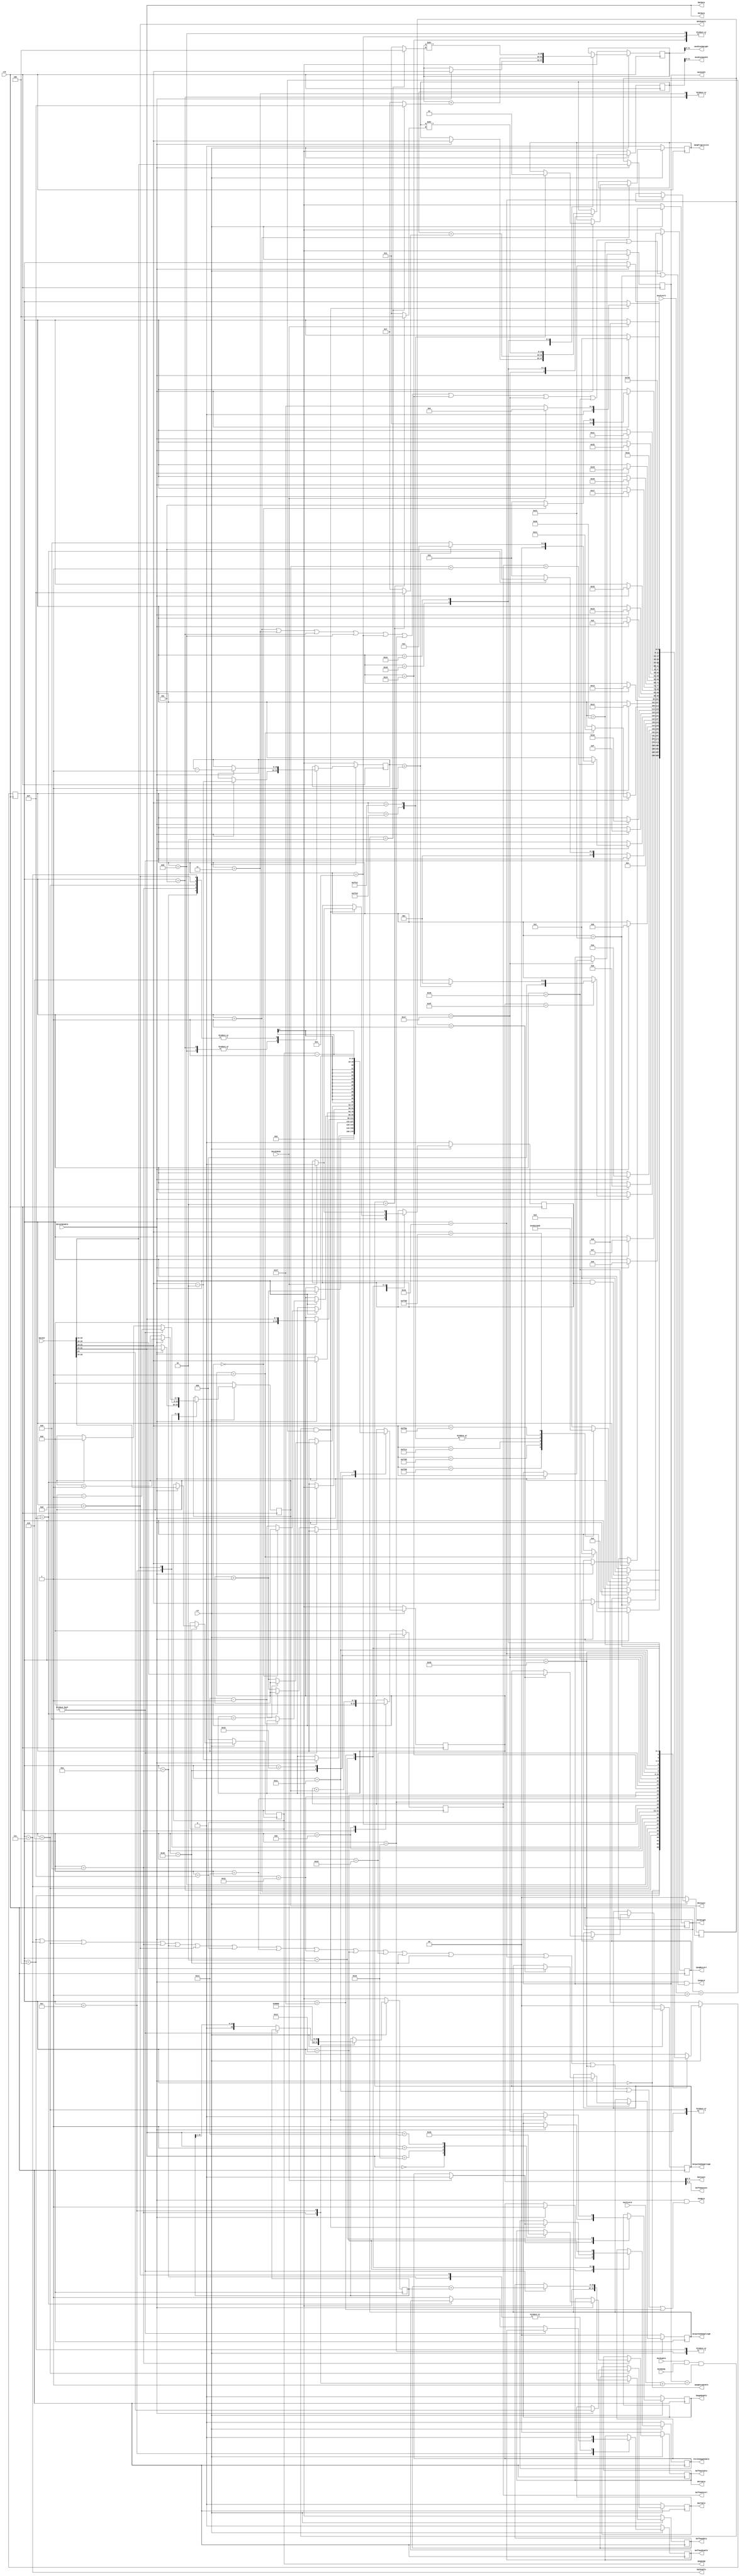
module aq_djpeg_fsm(
	input			rst,
	input			clk,

	// From FIFO
	input			DataInEnable,
	input [31:0]	DataIn,
	input           DataInEnd,

	output			JpegDecodeIdle,	// Deocder Process Idle(1:Idle, 0:Run)

	//
	output [15:0]	OutWidth,
	output [15:0]	OutHeight,
	output [11:0]	OutBlockWidth,
	output [11:0]	OutBlockHeight,
	input			OutEnable,
	input			OutReady,
	input [15:0]	OutPixelX,
	input [15:0]	OutPixelY,
    
	//
	output			DqtEnable,
	output			DqtTable,
	output [5:0]	DqtCount,
	output [7:0]	DqtData,

	//
	output			DhtEnable,
	output [1:0]	DhtTable,
	output [7:0]	DhtCount,
	output [7:0]	DhtData,

	//
	output			HuffmanEnable,
	output [1:0]	HuffmanTable,
	output [3:0]	HuffmanCount,
	output [15:0]	HuffmanData,
	output [7:0]	HuffmanStart,

	//
	output			ImageEnable,
	output          FetchImageEnable,
	output reg [2:0]	JpegComp,
	output          JpegProgressive,
	output reg [15:0]  JpegRestart,
	output [1:0]    OutputSubSamplingW,
	output [1:0]    OutputSubSamplingH,

	//
	output			UseByte,
	output			UseWord
);

	//--------------------------------------------------------------------------
	// Read Maker from Jpeg Data
	//--------------------------------------------------------------------------
	// State Machine localparam
	localparam S_Idle				= 6'd0;
	localparam S_GetMarker			= 6'd1;
	localparam S_ImageData			= 6'd2;
	// APP Segment
	localparam S_APPLength			= 6'd3;
	localparam S_APPRead			= 6'd4;
	// DQT Segment
	localparam S_DQTLength			= 6'd5;
	localparam S_DQTTable			= 6'd6;
	localparam S_DQTRead			= 6'd7;
	// DHT Segmen
	localparam S_DHTLength			= 6'd8;
	localparam S_DHTTable			= 6'd9;
	localparam S_DHTMakeHm0			= 6'd10;
	localparam S_DHTMakeHm1			= 6'd11;
	localparam S_DHTMakeHm2			= 6'd12;
	localparam S_DHTReadTable		= 6'd13;
	// SOS Segment
	localparam S_SOSLength			= 6'd14;
	localparam S_SOSRead0			= 6'd15;
	localparam S_SOSRead1			= 6'd16;
	localparam S_SOSRead2			= 6'd17;
	localparam S_SOSRead3			= 6'd18;
	localparam S_SOSRead4			= 6'd19;
	// SOF Segment
	localparam S_SOFLength			= 6'd20;
	localparam S_SOFRead0			= 6'd21;
	localparam S_SOFReadY			= 6'd22;
	localparam S_SOFReadX			= 6'd23;
	localparam S_SOFReadComp		= 6'd24;
	localparam S_SOFReadCompColor	= 6'd25;
	localparam S_SOFReadCompColor0	= 6'd26;
	localparam S_SOFReadCompColor1	= 6'd27;
	localparam S_SOFReadCompColor2	= 6'd28;
	localparam S_SOFMakeBlock0		= 6'd29;
	localparam S_SOFMakeBlock1		= 6'd30;
	// EOI Segment
	localparam S_WaitEOI            = 6'd31;
	// DRI Segment
	localparam S_DRILength          = 6'd32;
    localparam S_DRIRead            = 6'd33;
    
	reg [5:0]		State;
	//wire			ImageEnable;
	reg [15:0]		ReadCount;
	reg [15:0]		TableReadCount;

	reg [15:0]		JpegWidth;
	reg [15:0]		JpegHeight;

	reg				ReadDqtTable;
	reg [1:0]		ReadDhtTable;

	reg [15:0]		HmShift;
	reg [15:0]		HmData;
	reg [7:0]		HmMax;
	reg [7:0]		HmCount;
	reg				HmEnable;

	reg [15:0]		JpegBlockWidth;
	reg [15:0]		JpegBlockHeight;
	
	reg [1:0]       ComponentNum;
	reg [1:0]       SubSamplingW;
	reg [1:0]       SubSamplingH;

    reg             JpegProgressive;

	reg				ImageEnable;
	reg				FetchImageEnable;
	
	reg            LastDataEnable;

	always @(posedge clk ) begin
		if(!rst) begin
			State				<= S_Idle;
			ReadCount			<= 16'd0;
			TableReadCount		<= 16'd0;
			JpegWidth			<= 16'd0;
			JpegHeight			<= 16'd0;
			ReadDqtTable		<= 1'b0;
			ReadDhtTable		<= 2'd0;
			HmShift			    <= 16'd0;
			HmData				<= 16'd0;
			HmMax				<= 8'd0;
			HmCount			    <= 8'd0;
			HmEnable			<= 1'b0;
			JpegBlockWidth	    <= 16'd0;
			JpegBlockHeight	    <= 16'd0;
			JpegComp			<= 3'd0;
			JpegProgressive     <= 1'b0;
			ComponentNum        <= 2'd0;
			SubSamplingW        <= 2'd0;
			SubSamplingH        <= 2'd0;
			ImageEnable		    <= 1'b0;
			FetchImageEnable	<= 1'b0;
			JpegRestart         <= 16'd0;
			LastDataEnable      <= 1'b0;
		end else begin
			case(State)
				S_Idle: begin
				    LastDataEnable <= DataInEnable;
					if(DataInEnable && LastDataEnable) begin
						State	<= S_GetMarker;
					end
				end

				// Get Marker(with Header)
				S_GetMarker: begin
					if(DataInEnable == 1'b1) begin
						case(DataIn[31:16])
							16'hFFD8: begin		// SOI Segment
								State <= S_GetMarker;
							end
							16'hFFE0: begin		// APP0 Segment
								State <= S_APPLength;
							end
							16'hFFDB: begin		// DQT Segment
								State <= S_DQTLength;
							end
							16'hFFC4: begin		// DHT Segment
								State <= S_DHTLength;
							end
							16'hFFC0: begin		// SOF0 Segment
								State <= S_SOFLength;
								JpegProgressive <= 1'b0;
							end
							16'hFFC2: begin		// SOF2 Segment
								State <= S_SOFLength;
								JpegProgressive <= 1'b1;
							end
							16'hFFDA: begin		// SOS Segment
								State <= S_SOSLength;
							end
							16'hFFDD: begin		// DRI Segment
								State <= S_DRILength;
							end
							//16'hFFDx: begin		// RSTn Segment
							//		State <= S_RST;
							//end
							//16'hFFD9: begin		// EOI Segment
							//		State <= S_EOI;
							//end
							default: begin
								State <= S_APPLength;
							end
						endcase
					end
				end

				// APP Segment
				S_APPLength: begin
					if(DataInEnable == 1'b1) begin
						ReadCount	<= DataIn[31:16] -16'd2;
						State		<= S_APPRead;
					end
				end
				S_APPRead: begin
					if(DataInEnable == 1'b1) begin
						if(ReadCount == 16'd1) begin
							State		<= S_GetMarker;
						end else begin
							ReadCount	<= ReadCount -16'd1;
						end
					end
				end

				// DQT Segment
				S_DQTLength: begin
					if(DataInEnable == 1'b1) begin
						State		<= S_DQTTable;
						ReadCount	<= DataIn[31:16] -16'd2;
						TableReadCount <= DataIn[31:16] - 16'd2;
					end
				end
				S_DQTTable: begin
					if(DataInEnable == 1'b1) begin
						State			<= S_DQTRead;
						ReadDqtTable	<= DataIn[24];
						ReadCount		<= 16'd0;
						TableReadCount  <= TableReadCount - 1'd1;
					end
				end
				S_DQTRead: begin
					if(DataInEnable == 1'b1) begin
						if(ReadCount ==63) begin
							if(TableReadCount == 1) begin
								State		<= S_GetMarker;
							end else begin
								State		<= S_DQTTable;
							end
						end
						ReadCount		<= ReadCount +16'd1;
						TableReadCount  <= TableReadCount - 1'd1;
					end
				end

				// DHT Segment
				S_DHTLength: begin
					if(DataInEnable == 1'b1) begin
						State			<= S_DHTTable;
						ReadCount		<= DataIn[31:16];
						TableReadCount  <= DataIn[31:16] - 16'd2;
					end
				end
				S_DHTTable: begin
					if(DataInEnable == 1'b1) begin
						State <= S_DHTMakeHm0;
						case(DataIn[31:24])
							8'h00: ReadDhtTable <= 2'b00;
							8'h10: ReadDhtTable <= 2'b01;
							8'h01: ReadDhtTable <= 2'b10;
							8'h11: ReadDhtTable <= 2'b11;
						endcase
						TableReadCount <= TableReadCount - 1'd1;
					end
					HmShift		    <= 16'h8000;
					HmData			<= 16'h0000;
					HmMax			<= 8'h00;
					ReadCount		<= 16'd0;
				end
				S_DHTMakeHm0: begin
					if(DataInEnable == 1'b1) begin
						State		<= S_DHTMakeHm1;
						HmCount	<= DataIn[31:24];
					    TableReadCount <= TableReadCount - 1'd1;
					end
					HmEnable		<= 1'b0;
				end
				S_DHTMakeHm1: begin
					State	<= S_DHTMakeHm2;
					HmMax	<= HmMax + HmCount;
				end
				S_DHTMakeHm2: begin
					if(HmCount != 0) begin
						HmData	<= HmData + HmShift;
						HmCount <= HmCount -8'd1;
					end else begin
						if(ReadCount == 15) begin
							State		<= S_DHTReadTable;
							HmCount	<= 8'h00;
						end else begin
							HmEnable	<= 1'b1;
							State		<= S_DHTMakeHm0;
							ReadCount	<= ReadCount +16'd1;
						end
						HmShift <= HmShift >> 1;
					end
				end
				S_DHTReadTable: begin
					HmEnable	<= 1'b0;
					if(DataInEnable == 1'b1) begin
						if(HmMax == HmCount +1) begin
							if(TableReadCount == 1) begin
								State	<= S_GetMarker;
							end else begin
								State	<= S_DHTTable;
							end
						end
						HmCount	<= HmCount +8'd1;
						TableReadCount <= TableReadCount - 1'd1;
					end
				end

				// SOS Segment
				S_SOSLength: begin
					if(DataInEnable == 1'b1) begin
						State		<= S_SOSRead0;
						ReadCount	<= DataIn[31:16];
					end
				end
				S_SOSRead0: begin
					if(DataInEnable == 1'b1) begin
						State		<= S_SOSRead1;
						ReadCount	<= {8'h00,DataIn[31:24]};
					end
				end
				S_SOSRead1: begin
					if(DataInEnable == 1'b1) begin
						if(ReadCount == 1) begin
							State		<= S_SOSRead2;
						end else begin
							ReadCount	<= ReadCount -16'd1;
						end
					end
				end
				S_SOSRead2: begin
					if(DataInEnable == 1'b1) begin
						State	<= S_SOSRead3;
					end
				end
				S_SOSRead3: begin
					if(DataInEnable == 1'b1) begin
						State	<= S_SOSRead4;
					end
				end
				S_SOSRead4: begin
					if(DataInEnable == 1'b1) begin
						State			<= S_ImageData;
						ImageEnable	<= 1'b1;
						FetchImageEnable <= 1'b1;
					end
				end

				// SOF0 Segment
				S_SOFLength: begin
					if(DataInEnable == 1'b1) begin
						State		<= S_SOFRead0;
						ReadCount	<= DataIn[31:16];
					end
				end
				S_SOFRead0: begin
					if(DataInEnable == 1'b1) begin
						State	<= S_SOFReadY;
					end
				end
				S_SOFReadY: begin
					if(DataInEnable == 1'b1) begin
						State				<= S_SOFReadX;
						JpegHeight			<= DataIn[31:16];
						JpegBlockHeight	<= DataIn[31:16];
					end
				end
				S_SOFReadX: begin
					if(DataInEnable == 1'b1) begin
						State				<= S_SOFReadComp;
						JpegWidth			<= DataIn[31:16];
						JpegBlockWidth	<= DataIn[31:16];
						ReadCount			<= 16'd0;
					end
				end
				S_SOFReadComp: begin
					// コンポーネント数
					// 1:グレースケール
					// 3:YCbCr or YIQ
					// 4:CMYK
					if(DataInEnable == 1'b1) begin
						State			<= S_SOFReadCompColor;
						JpegComp		<= DataIn[26:24];
						if(ReadCount == 9) begin
						end else begin
							ReadCount	<= ReadCount +16'd1;
						end
					end
				end
				S_SOFReadCompColor: begin
					State			<= S_SOFReadCompColor0;
					ReadCount		<= {13'd0, JpegComp[2:0]} - 16'd1;
				end
				S_SOFReadCompColor0: begin
					if(DataInEnable == 1'b1) begin
						State			<= S_SOFReadCompColor1;
						// Tracking component ID
						ComponentNum    <= DataIn[25:24];
					end
				end
				S_SOFReadCompColor1: begin
					if(DataInEnable == 1'b1) begin
						State			<= S_SOFReadCompColor2;
						if (ComponentNum == 2'd1) begin
						  SubSamplingW  <= DataIn[29:28];
						  SubSamplingH  <= DataIn[25:24];
						end
					end
				end
				S_SOFReadCompColor2: begin
					if(DataInEnable == 1'b1) begin
						if(ReadCount == 0) begin
							State			<= S_SOFMakeBlock0;
						end else begin
							ReadCount		<= ReadCount -16'd1;
							State			<= S_SOFReadCompColor0;
						end
					end
				end
				S_SOFMakeBlock0:begin
					State				<= S_SOFMakeBlock1;
					JpegBlockWidth  <= JpegBlockWidth  + ((SubSamplingW == 2'd2) ? 16'd15 : 16'd7);
					JpegBlockHeight	<= JpegBlockHeight + ((SubSamplingH == 2'd2) ? 16'd15 : 16'd7);
				end
				S_SOFMakeBlock1:begin
					State				<= S_GetMarker;
					JpegBlockWidth	<= JpegBlockWidth	>> ((SubSamplingW == 2'd2) ? 4 : 3);
					JpegBlockHeight	<= JpegBlockHeight  >> ((SubSamplingH == 2'd2) ? 4 : 3);
				end
                
                // DRI Segment
                S_DRILength: begin
					if(DataInEnable == 1'b1) begin
						State		<= S_DRIRead;
					end
				end
				S_DRIRead: begin
					if(DataInEnable == 1'b1) begin
						State		<= S_GetMarker;
						JpegRestart	<= DataIn[31:16];
					end
	            end
				// Image Process
				S_ImageData: begin
					if(OutEnable & OutReady & (JpegWidth == (OutPixelX +1)) & (JpegHeight == (OutPixelY +1))) begin
						ImageEnable	<= 1'b0;
						if (DataInEnd) begin
							State           <= S_Idle;
							LastDataEnable  <= 1'b0;
						    FetchImageEnable <= 1'b0;
						end else
							State			<= S_WaitEOI;
					end
				end

				S_WaitEOI: begin
					if(DataInEnd) begin
						State           <= S_Idle;
					    LastDataEnable  <= 1'b0;
						FetchImageEnable <= 1'b0;
					end
				end
			endcase
		end
	end

	assign UseByte = (DataInEnable == 1'b1) & ((State == S_APPRead) |
												(State == S_DQTRead) | (State == S_DQTTable) |
												(State == S_DHTTable) | (State == S_DHTMakeHm0) | (State == S_DHTReadTable) |
												(State == S_SOSRead0) | (State == S_SOSRead2) | (State == S_SOSRead3) | (State == S_SOSRead4) |
												(State == S_SOFRead0) | (State == S_SOFReadComp) |
												(State == S_SOFReadComp) | (State == S_SOFReadCompColor0) | (State == S_SOFReadCompColor1) | (State == S_SOFReadCompColor2) |
												(State == S_WaitEOI)
												);
	assign UseWord = (DataInEnable == 1'b1) & ((State == S_GetMarker) |
												(State == S_APPLength) |
												(State == S_DQTLength) |
												(State == S_DHTLength) |
												(State == S_SOSLength) | (State == S_SOSRead1) |
												(State == S_SOFLength) | (State == S_SOFReadX) | (State == S_SOFReadY) |
												(State == S_DRILength) | (State == S_DRIRead)
												);

	assign JpegDecodeIdle	= (State == S_Idle);
	//assign ImageEnable		= (State == S_ImageData);

	assign OutWidth		= JpegWidth;
	assign OutHeight		= JpegHeight;
	assign OutBlockWidth	= JpegBlockWidth[11:0];
	assign OutBlockHeight   = JpegBlockHeight[11:0];
	assign OutputSubSamplingW = SubSamplingW;
	assign OutputSubSamplingH = SubSamplingH;

	assign DqtEnable		= (State == S_DQTRead);
	assign DqtTable		= ReadDqtTable;
	assign DqtCount		= ReadCount[5:0];
	assign DqtData		= DataIn[31:24];

	assign DhtEnable		= (State == S_DHTReadTable);
	assign DhtTable		= ReadDhtTable;
	assign DhtCount		= HmCount;
	assign DhtData		= DataIn[31:24];

	assign HuffmanEnable	= HmEnable;
	assign HuffmanTable	= ReadDhtTable;
	assign HuffmanCount	= ReadCount[3:0];
	assign HuffmanData	= HmData;
	assign HuffmanStart	= HmMax;

endmodule